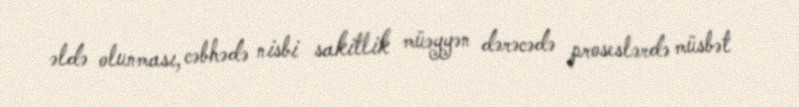
əldə olunması, cəbhədə nisbi sakitlik müəyyən dərəcədə proseslərdə müsbət